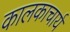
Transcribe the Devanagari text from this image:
कालकाचार्य